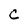
Character: C